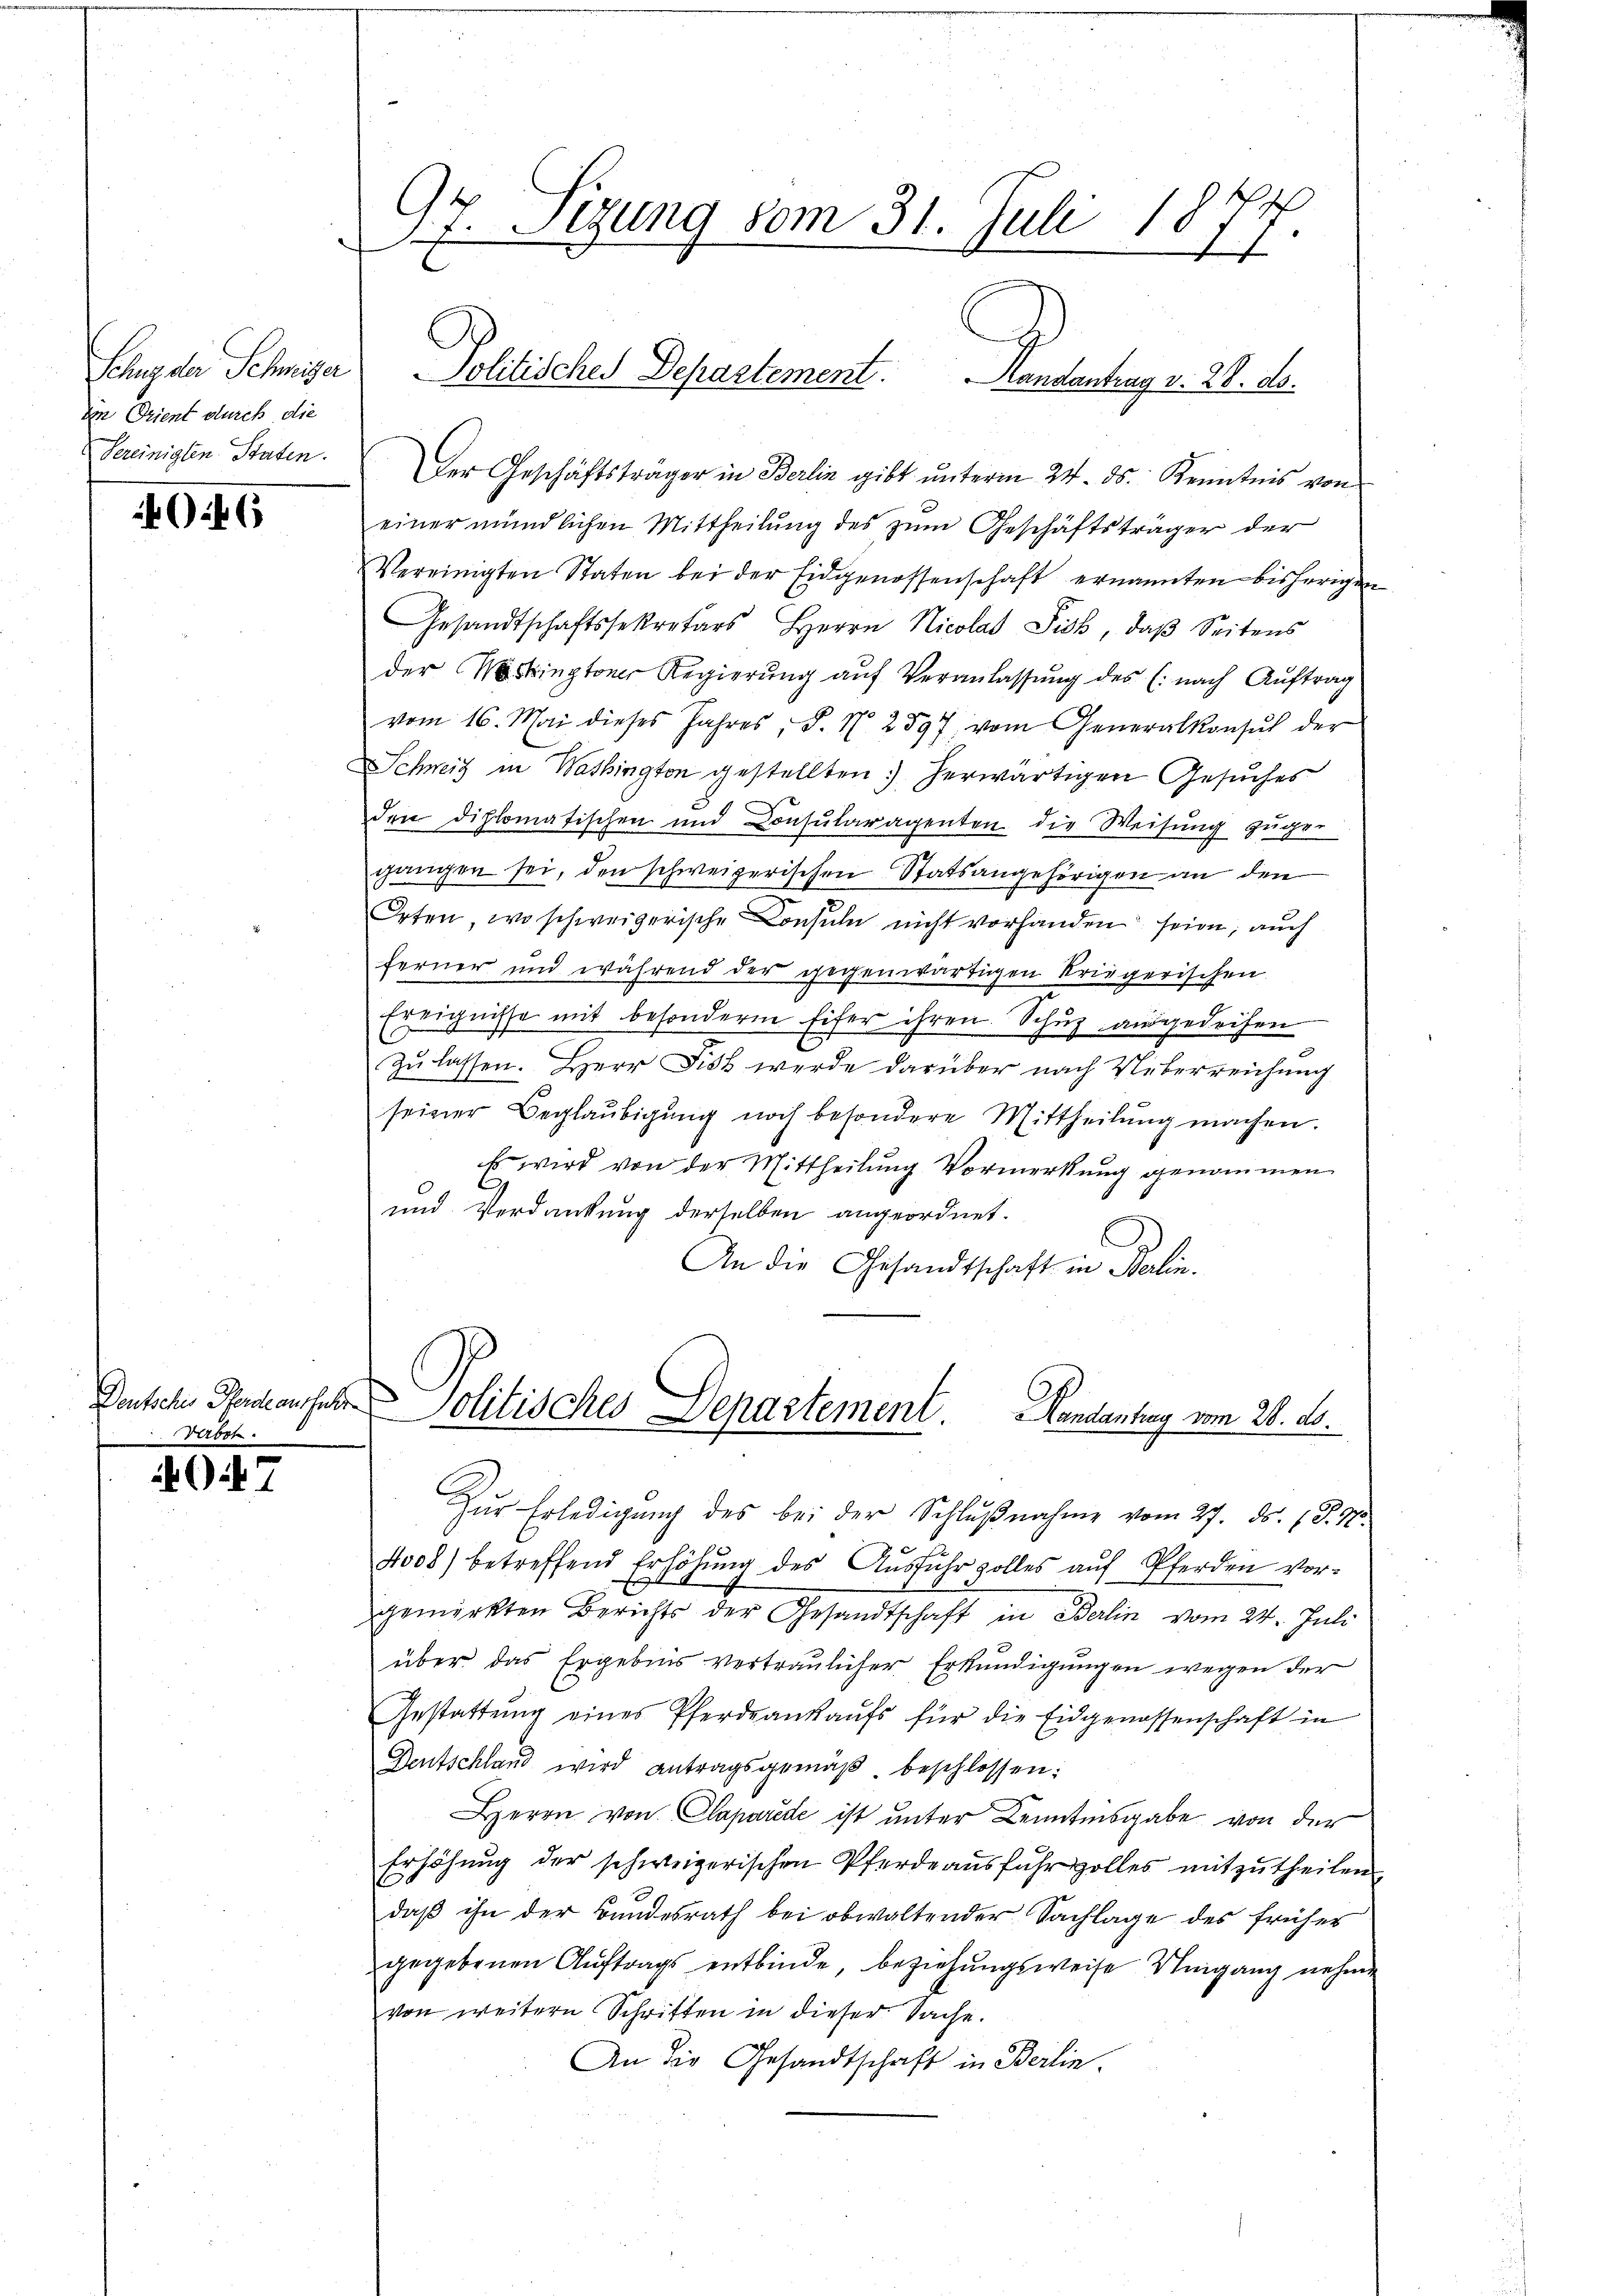
Sitzung der Schmiger
den Orient durch die
bereinigten Staten.

6

Deutschis Pferde ausfallen
Verbot.

47

97. Sizung vom 31. Juli 1877

einer mündlichen Mittheilung des zum Geschäftsträger der
Vereinigten Staten bei der Eidgenossenschaft ernannten bisherigen
Gesandtschaftssekretärs Herrn Nicolat Fick, daβ Seitens
der ringtoner Regierung auf Veranlassung des (nach Auftrag
vom 16. Mai dieses Jahres P. N. 2597 vom Generalkonsul der
Schweiz in Washington gestellten herwärtigen Gesuches
den diplomatischen und Consularagenten die Weisung zugen
gangen sei, den schweizerischen Statsangehörigen an den
Orten, wo schweizerische Consuln nicht vorhanden seien; auch
ferner und während der gegenwärtigen Kriegerischen
Ereignisse mit besondern Eifer ihren Schuz ausgedeihen
zu lassen. Herr Just werde darüber nach Ueberreichung
seiner Beglaŭbigŭng noch besondere Mittheilŭng machen.
Es wird von der Mittheilung Vormerkung genommen
und Verdankung derselben angeordnet.
An die Gesandtschaft in Berlin.

Politisches Departement. Landantrag v. 28. d.
Der Geschäftsträger in Berlin gibt ŭnterm 24. ds. Kenntnis von

Zur Erledigung des bei der Schlŭβnahme vom 27. ds. (T. 415.
4008) betreffend Erhöhŭng des Aŭsführzolles aŭf Pferden vor-
E
gemerkten Berichts der Gesandtschaft in Berlin vom 24. Juli
über das Ergebnis vertraulicher Erkundigungen wegen der
Gestattŭng eines Pferdrankaŭfs für die Eidgenossenschaft in
Deutschland wird antragsgemäβ beschlossen:
Herrn von Claparede ist unter Kenntnisgabe von der
Erhöhung der schweizerischen Pferde ausfuhrzolles mitzutheilen
daß ihn der Bundesrath bei obwaltender Sachlage des früher
gegebenen Auftrags entbinde, beziehungsweise Umgang nehme
von weitern Schriften in dieser Sache.
An die Gesandtschrift in Berlin.

Politisches Departement. Handantag vom 28. ds.